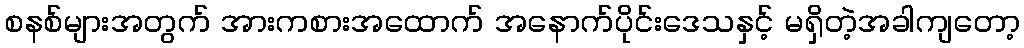
စနစ်များအတွက် အားကစားအထောက် အနောက်ပိုင်းဒေသနှင့် မရှိတဲ့အခါကျတော့